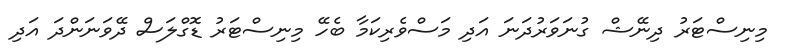
މިނިސްޓަރު ދިނޭޝް ގުނަވަރުދަނަ އަދި މަސްވެރިކަމާ ބެހޭ މިނިސްޓަރު ޑޮގްލަސް ދޭވަނަންދަ އަދި